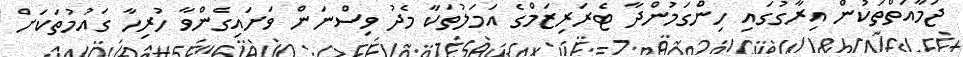
ޖަމާއަތްތަކުން އިރާގުގައި ހިންގަމުންދާ ޓެރަރިޒަމްގެ އަމަލުތަކާ މެދު ވިސްނަން ވަށައިގެންވާ ހުރިހާ ގައުމުތަކަށް